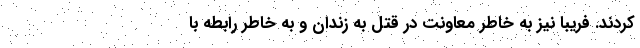
کردند. فریبا نیز به خاطر معاونت در قتل به زندان و به خاطر رابطه با